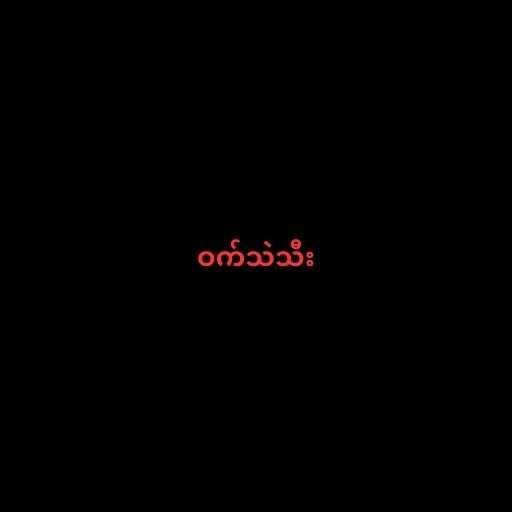
ဝက်သဲသီး